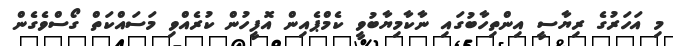
މި އަހަރުގެ ރިޔާސީ އިންތިހާބުގައި ނާކާމިޔާބުވީ ކެމްޕެއިން އޮފީހުން ކުރެއްވި މަސަައްކަތް ގޯސްވެގެން